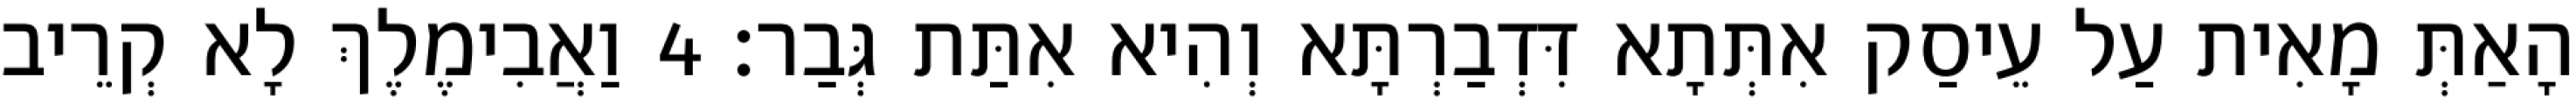
הָאַתְּ מָאִית עַל עֵיסַק אִתְּתָא דִּדְבַרְתָּא וְהִיא אִתַּת גְּבַר׃ 4 וַאֲבִימֶלֶךְ לָא קְרֵיב